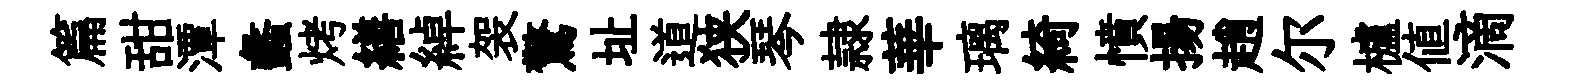
篇甜潭蠡烤繕綽袈驚址道狭琴隷華璃綺憤揚趙尔櫨值滴